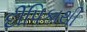
દીપિકાથી